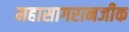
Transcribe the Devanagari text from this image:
महासागरानजीक